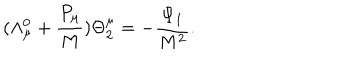
( \Lambda _ { \mu } ^ { 0 } + \frac { P _ { \mu } } { M } ) \Theta _ { 2 } ^ { \mu } = - \frac { \Psi _ { 1 } } { M ^ { 2 } } .